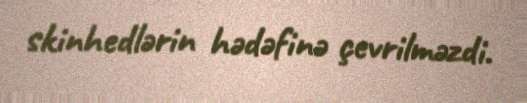
skinhedlərin hədəfinə çevrilməzdi.